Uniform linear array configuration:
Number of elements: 64
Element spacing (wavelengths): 1
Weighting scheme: exponential
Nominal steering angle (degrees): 15
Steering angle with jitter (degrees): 14.875
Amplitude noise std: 0.05
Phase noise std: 0.05

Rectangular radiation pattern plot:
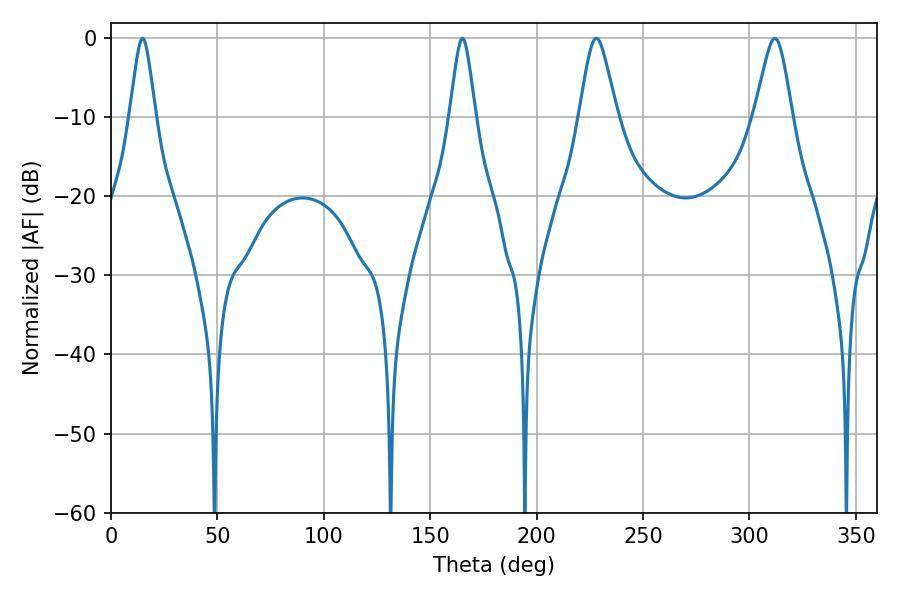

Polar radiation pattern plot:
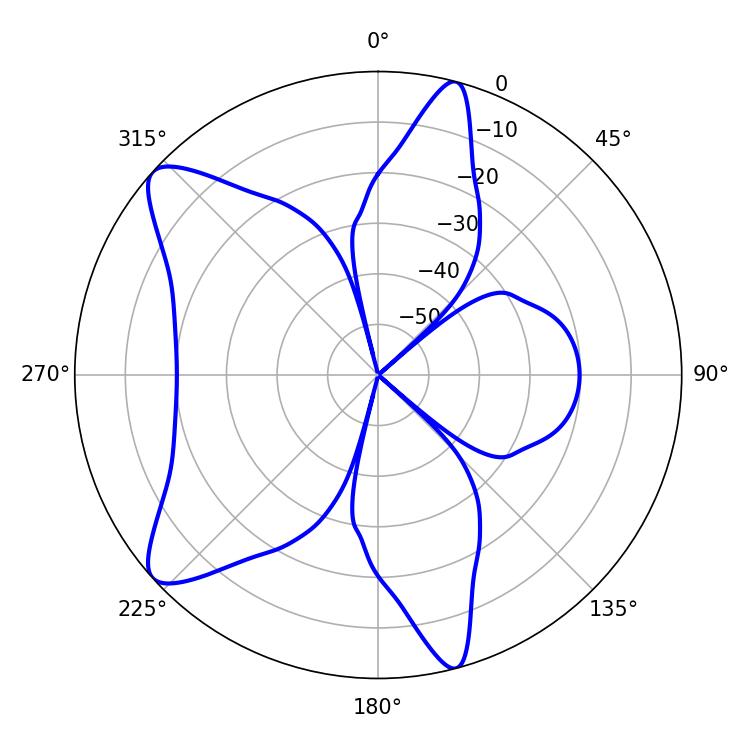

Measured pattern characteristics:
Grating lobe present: TRUE
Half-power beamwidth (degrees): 8.64
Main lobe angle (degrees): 228.06